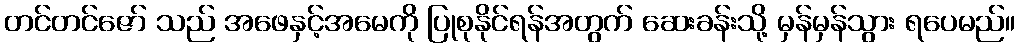
တင်တင်ဇော် သည် အဖေနှင့်အမေကို ပြုစုနိုင်ရန်အတွက် ဆေးခန်းသို့ မှန်မှန်သွား ရပေမည်။